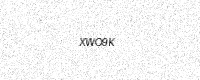
Text: XWO9K